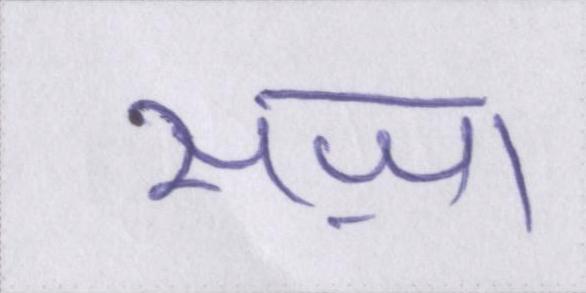
सज़ा